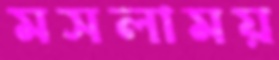
মসলাময়